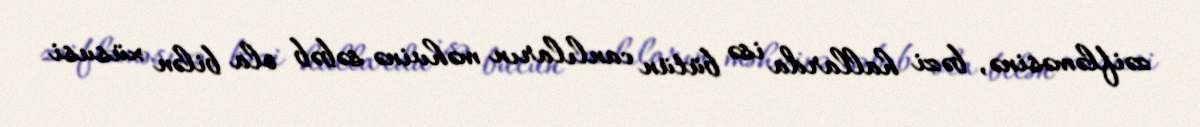
zəifləməsinə, bəzi hallarda isə bütün canlıların məhvinə səbəb ola bilən xüsusi